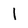
Character: l